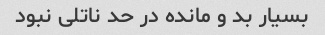
بسیار بد و مانده در حد ناتلی نبود